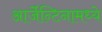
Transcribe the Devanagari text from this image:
आर्जेन्टिनामध्ये